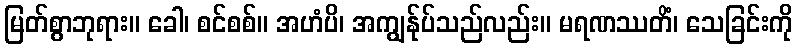
မြတ်စွာဘုရား။ ခေါ၊ စင်စစ်။ အဟံပိ၊ အကျွန်ုပ်သည်လည်း။ မရဏဿတိံ၊ သေခြင်းကို